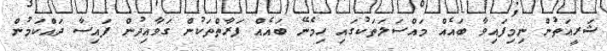
ޝަރީއަތުން ނިމިފައިވާ ބައެއް މައްސަލަތަކުގައި ހިމެނޭ ބައެއް ފަރާތްތަކުން ގަވާއިދުން ފައިސާ ދައްކަމުން